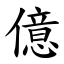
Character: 億